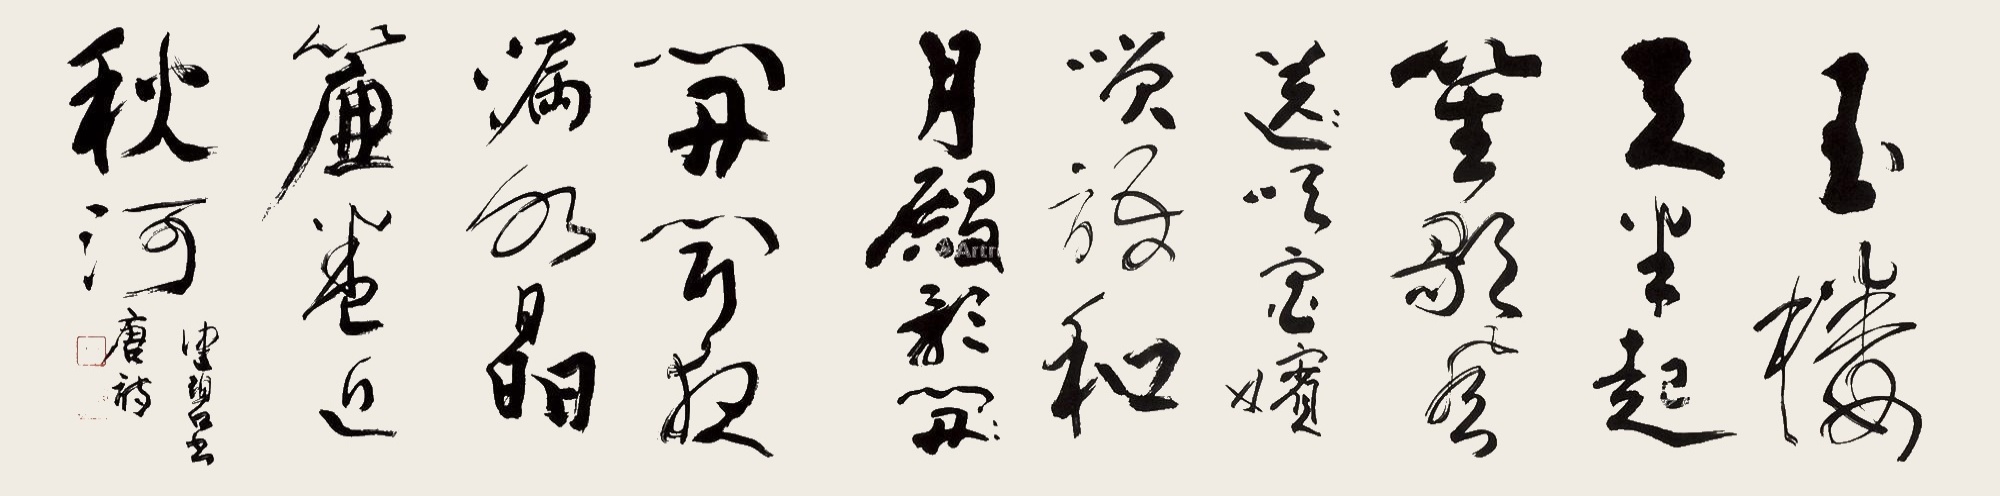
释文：玉楼天半起笙歌，风送宫嫔笑语和。月殿影开闻夜漏，水晶帘卷近秋河。健碧书唐诗。